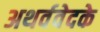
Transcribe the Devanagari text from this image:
अथर्ववेदके